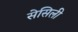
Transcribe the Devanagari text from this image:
सेसिली